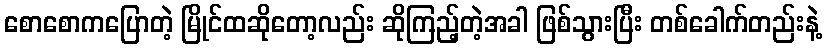
စောစောကပြောတဲ့ မြိုင်ထဆိုတော့လည်း ဆိုကြည့်တဲ့အခါ ဖြစ်သွားပြီး တစ်ခေါက်တည်းနဲ့